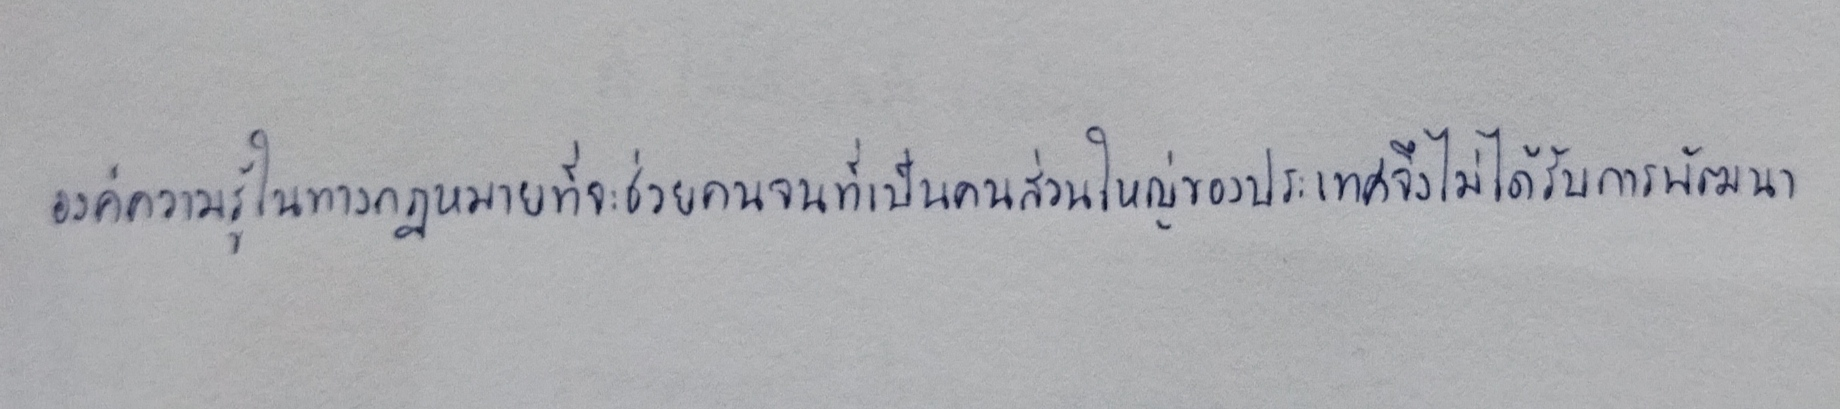
องค์ความรู้ในทางกฎหมายที่จะช่วยคนจนที่เป็นคนส่วนใหญ่ของประเทศจึงไม่ได้รับการพัฒนา